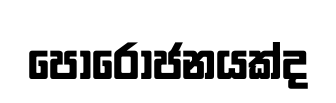
පොරෝජනයක්ද